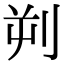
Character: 𪟄